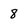
Character: 8